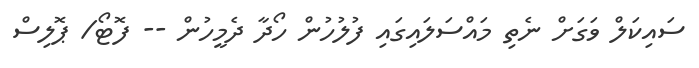
ސައިކަލް ވަގަށް ނެތި މައްސަލައިގައި ފުލުހުން ހޯދާ ދެމީހުން -- ފޮޓޯ/ ޕޮލިސް